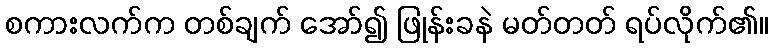
စကားလက်က တစ်ချက် အော်၍ ဖြုန်းခနဲ မတ်တတ် ရပ်လိုက်၏။